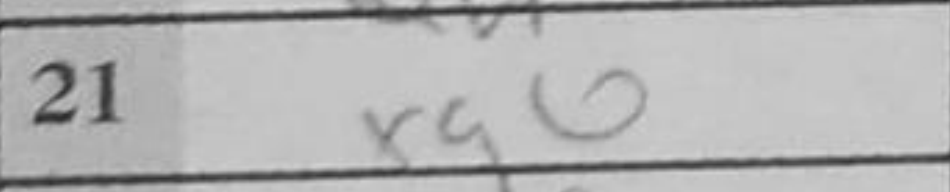
Transcription: bxg5